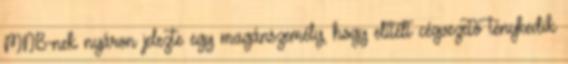
MNB-nek nyáron jelezte egy magánszemély, hogy elítélt cégvezető ténykedik